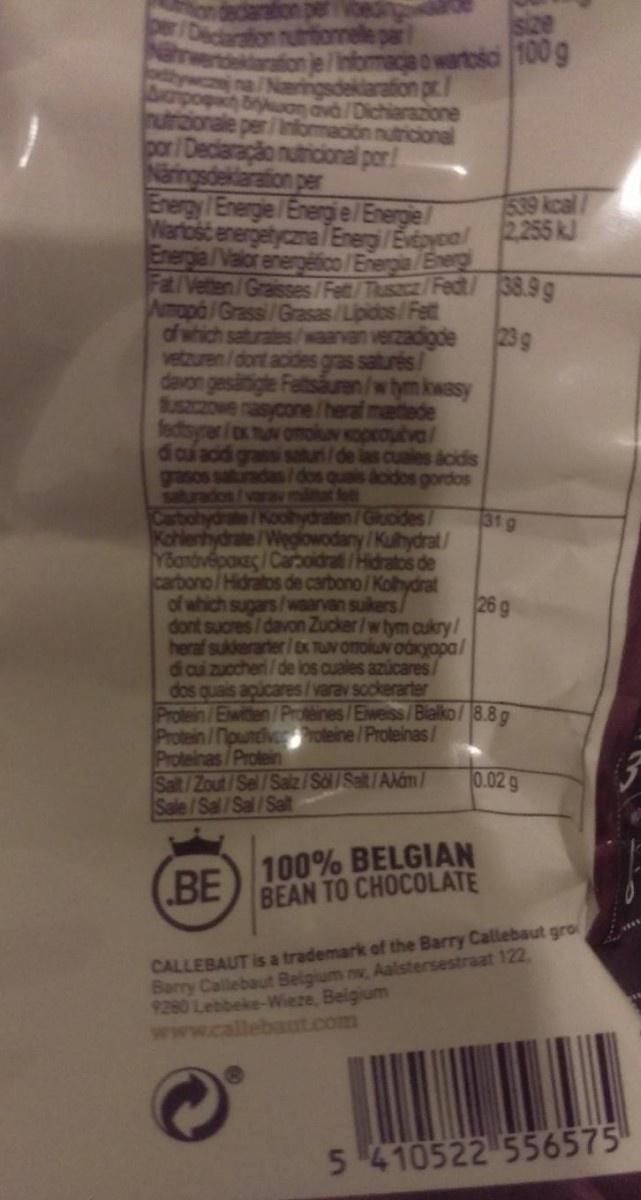
size je/Iinformacja o wartosci 100g on nutrtionnele par Naringsdeklarafion pr./ on ava /Dichiarazione conale per/Información nutricional por/Declaração nutricional por! Naringsdeklaration per Energy /Energle / Energi e/Energie/ Wartosc energetyczma /Energi/Evtoyeal Energie/Valor energétfico /Energia/Energ Fat/Vetten Aumopo/Grass of which vetzuren davon gesätigte Buszczowe rasycone/heraf metede 539 kcal/ 2255 RJ Fet/ Tusacz/Fedt/ 38.9g (Fett verzadigde trés/ ren/w tym kwasy 23 g Koproutva/ de las cuales acidis s acidos gordos d' cui acid grasos saturados Carbohydrate/Koohydraten/Gluodes Kohlenhydrate/Weg YBandvépaxaç/Caboidrati/Hidratos de carbono/Hidratos de carbono/Kolhydrat of which sugars/waarvan suikers/ dont sucres/davon Zucker/w tym cukry/ heraf sukkerarter/Dx TUN Omokuv oákyapa/ di cui zuccheri/de los cuales azúcares/ dos quais acúcares/varav scckerarter Protein /Ewitten/Proteines/Eiweiss/Bialko/8.8g Protein/Npuntivc roteine/Proleinas/ Protein Salt/Zout/Sel/Saiz/Sal/ Selt/Aldm/ Sale /Sal 31 g /Kulhydrat/ 26g 0.02 g Salt 100% BELGIAN BEAN TO CHOCOLATE BE CALLEBAUT is a trademark of the Barry Callebaut gro Barry Callebaut Belgium nv, Aalstersestraat 122 9280 Lebbeke-Wieze, Beigium www.callebaut.com 5410522 556575